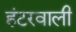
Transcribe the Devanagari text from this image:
हंटरवाली